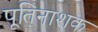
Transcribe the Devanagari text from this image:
पूतिनाशक